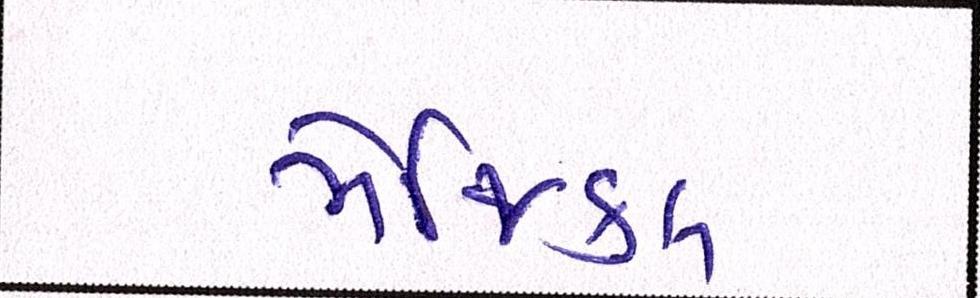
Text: મેજિકલ